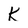
Character: K